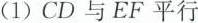
(1)CD与EF平行